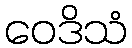
ဝေဒိသံ